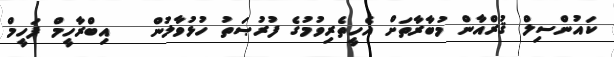
ކައުންސިލް ޤުރްއާން މުބާރާތަށް އެހީތެރިވުމުގެ ފުރުޞަތު ހުޅުވާލުން   އިބްރާހީމް ފަހީމް